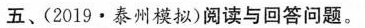
五、(2019·泰州模拟)阅读与回答问题.。